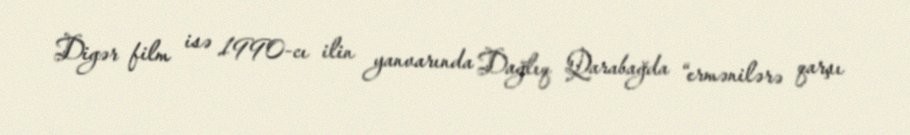
Digər film isə 1990-cı ilin yanvarında Dağlıq Qarabağda “ermənilərə qarşı